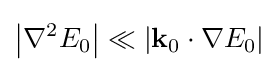
\left|\nabla ^{2}E_{0}\right|\ll \left|\mathbf {k} _{0}\cdot \nabla E_{0}\right|